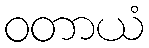
ဝတာယံ